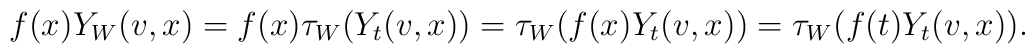
f(x)Y_W(v,x)  =  f(x)\tau_W(Y_t(v,x)) =\tau_W(f(x)Y_t(v,x)) =  \tau_W(f(t)Y_t(v,x)).